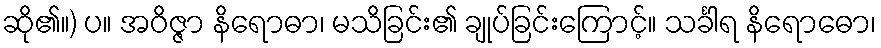
ဆို၏။) ပ။ အဝိဇ္ဇာ နိရောဓာ၊ မသိခြင်း၏ ချုပ်ခြင်းကြောင့်။ သင်္ခါရ နိရောဓော၊